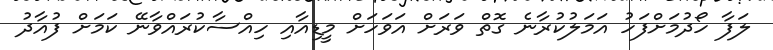
ލަފާ ހޯދުމަށްފަހު އަމަލުކުރާނެ ގޮތް ވަރަށް އަވަހަށް މީޑިއާއި ހިއްސާކުރައްވާނޭ ކަމަށް ފުއާދު